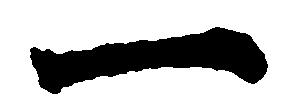
一